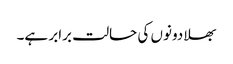
بھلا دونوں کی حالت برابر ہے۔